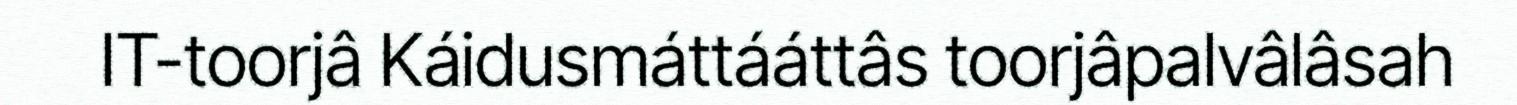
IT-toorjâ Káidusmáttááttâs toorjâpalvâlâsah